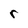
Character: r